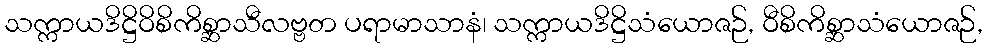
သက္ကာယဒိဋ္ဌိဝိစိကိစ္ဆာသီလဗ္ဗတ ပရာမာသာနံ၊ သက္ကာယဒိဋ္ဌိသံယောဇဉ်, ဝီစိကိစ္ဆာသံယောဇဉ်,